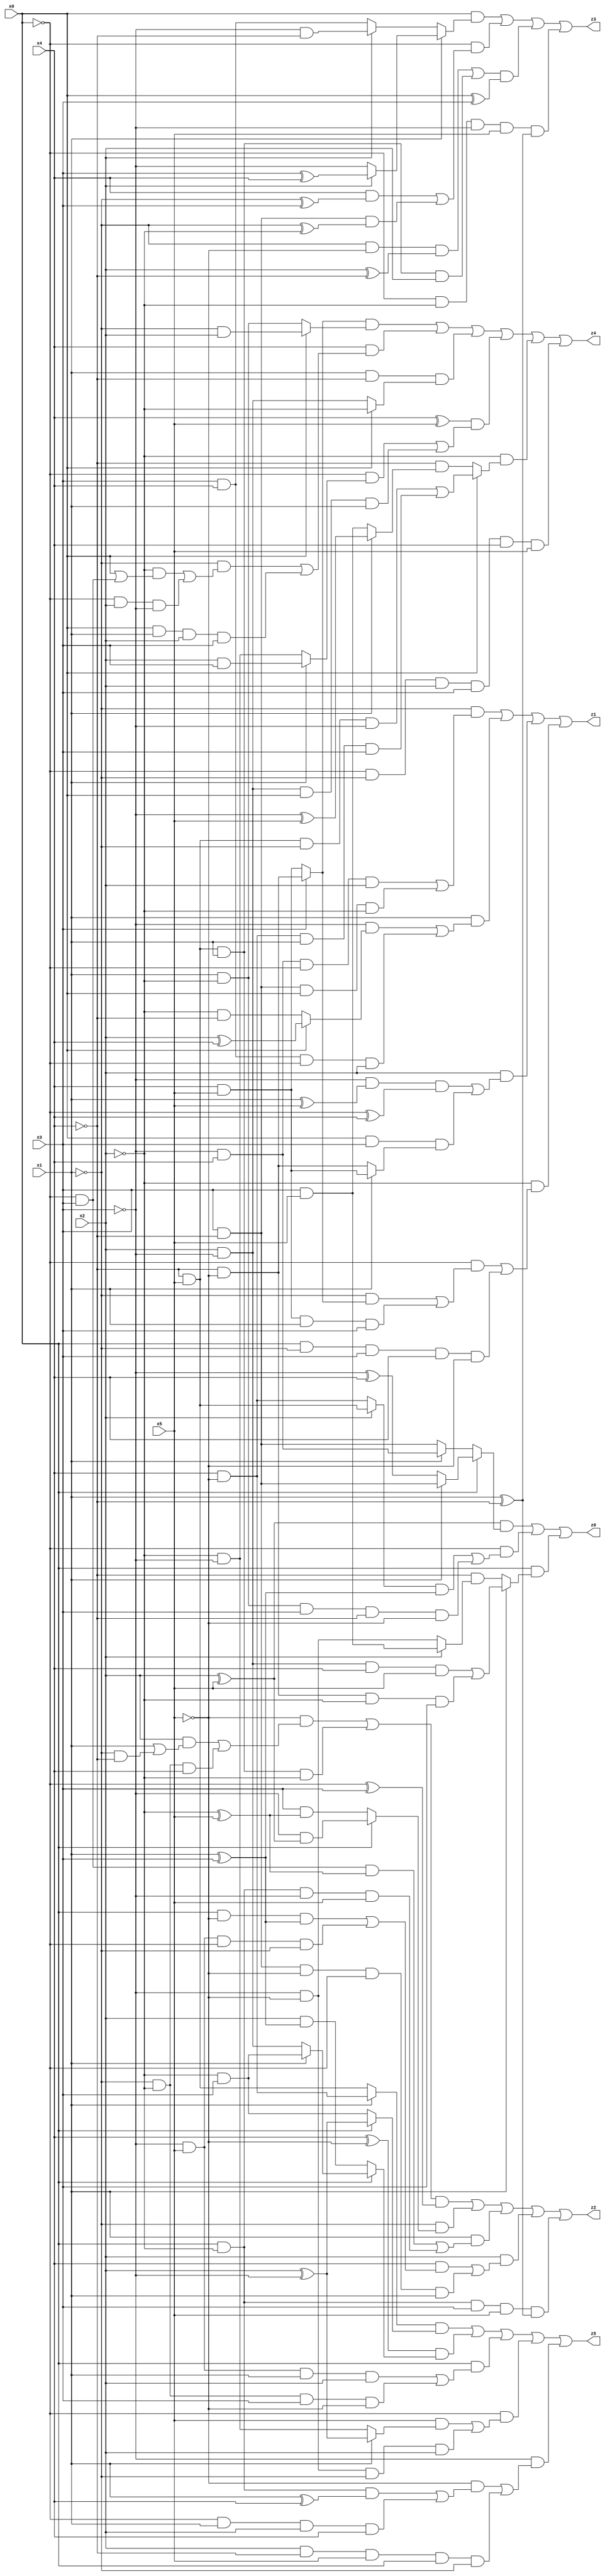
// Benchmark "X_26" written by ABC on Thu Jun 29 03:16:45 2023

module X_26 ( 
    x0, x1, x2, x3, x4, x5,
    z0, z1, z2, z3, z4, z5  );
  input  x0, x1, x2, x3, x4, x5;
  output z0, z1, z2, z3, z4, z5;
  assign z0 = ((x2 ^ x5) & (x0 ? (x1 ? (x3 & ~x4) : (~x3 ^ x4)) : (x1 ? (~x3 & x4) : (x3 & ~x4)))) | (~x0 & (((x2 ? (~x4 & x5) : (x4 & ~x5)) & (x1 ^ x3)) | (x1 & ~x2 & x3 & ~x4 & ~x5))) | (x0 & (x1 ? ((x2 & ~x3 & x4 & x5) | (~x4 & ~x5 & ~x2 & x3)) : (~x4 & (x2 ? (x3 & x5) : (~x3 & ~x5)))));
  assign z1 = (~x1 & ((~x3 & x4 & ~x0 & x2) | (x3 & ~x4 & x0 & ~x2))) | (x1 & ((~x3 & (x0 ? (x2 ^ x4) : (~x2 & ~x4))) | (x3 & x4 & ~x0 & x2))) | (x2 & ((~x3 & (x1 ^ x5) & (~x0 ^ x4)) | (x0 & x3 & (x1 ? (x4 & x5) : (~x4 & ~x5))))) | (~x2 & ((~x0 & ((~x1 & (x3 ? (~x4 & ~x5) : (x4 & x5))) | (x4 & x5 & x1 & x3))) | (x0 & ~x1 & x3 & x4 & ~x5)));
  assign z2 = (((~x5 & ((x2 & (x1 | (~x1 & ~x4))) | (~x1 & ~x2 & x4))) | (~x4 & x5 & x1 & ~x2)) & (~x0 ^ x3)) | (~x1 & (x0 ? (~x3 & (x2 ^ x5)) : (x3 & (~x2 ^ x5)))) | (x1 & ((~x0 & x3 & (~x2 ^ x5)) | (x0 & ~x2 & ~x3 & x5))) | (x2 & ((x4 & ((x0 & ~x5 & (x1 ^ x3)) | (~x3 & x5 & ~x0 & ~x1))) | (x3 & ~x4 & ~x5 & ~x0 & x1))) | (x0 & ~x2 & x3 & x5 & (x1 ^ ~x4));
  assign z3 = (x0 & (x1 ? (x2 ? (x3 ^ x4) : ~x3) : (x2 ? (~x3 & ~x4) : (x3 & x4)))) | (~x0 & ((x4 & (~x1 ^ x3)) | (x3 & ~x4 & (~x1 ^ ~x2)))) | (((~x1 & ~x5 & (x2 ^ ~x4)) | (~x4 & x5 & x1 & x2)) & (x0 ^ x3)) | (~x0 & ~x2 & ~x3 & x5 & (x1 ^ ~x4));
  assign z4 = ((x3 ? (~x4 & ~x5) : (x4 & x5)) & (x0 ? (~x1 & x2) : (x1 & ~x2))) | (x4 & ((~x1 & ((~x2 & (x0 | (~x0 & x3))) | (~x0 & x2 & ~x3))) | (x0 & x1 & x2 & x3))) | (x1 & ~x4 & (x0 ? ~x2 : (x2 & ~x3))) | ((x4 ^ x5) & ((~x0 & (x1 ? (x2 & x3) : (~x2 & ~x3))) | (x2 & ~x3 & x0 & x1))) | (~x2 & (x0 ? ((~x4 & x5 & ~x1 & ~x3) | (x4 & ~x5 & x1 & x3)) : (~x4 & (x1 ? (~x3 ^ x5) : (x3 & x5))))) | (~x0 & ~x1 & x2 & x3 & x4 & x5);
  assign z5 = ((x1 ? (x4 & ~x5) : (~x4 & x5)) & (x0 ? (x2 ^ ~x3) : (~x2 & x3))) | ((x4 ^ ~x5) & (x0 ? (x1 ? (~x2 & x3) : (x2 & ~x3)) : (x2 & (x1 ^ x3)))) | (x0 & ((~x3 & x5 & x1 & x2) | (~x1 & ~x2 & x3 & ~x5))) | (~x0 & ((x5 & (x1 ? (x2 ^ ~x3) : (~x2 & ~x3))) | (~x3 & ~x5 & ~x1 & x2))) | (~x3 & ((~x5 & ((x0 & ~x2 & (x1 ^ x4)) | (~x0 & x1 & x2 & x4))) | (x2 & ~x4 & x5 & x0 & ~x1)));
endmodule